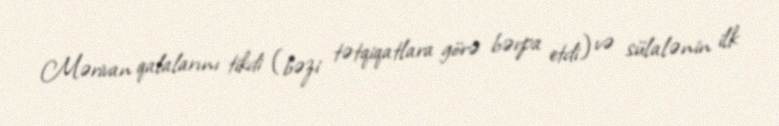
Mərivan qalalarını tikdi (bəzi tətqiqatlara görə bərpa etdi) və sülalənin ilk